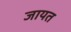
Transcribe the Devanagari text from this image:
जायत